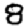
Digit: 8